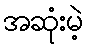
အဆုံးမဲ့